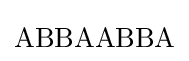
\mathrm {ABBAABBA}